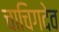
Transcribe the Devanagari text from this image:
चाचिगदेव